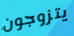
يتزوجون